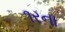
૧રના